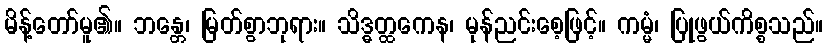
မိန့်တော်မူ၏။ ဘန္တေ၊ မြတ်စွာဘုရား။ သိဒ္ဓတ္ထကေန၊ မုန်ညင်းစေ့ဖြင့်။ ကမ္မံ၊ ပြုဖွယ်ကိစ္စသည်။